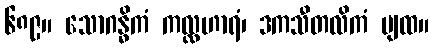
၆၈၉။ သောဂန္ဓိကံ ကလ္လဟာရံ၊ ဒကသီတလိကံ ပျထ။